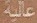
عالية